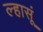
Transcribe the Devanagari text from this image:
ल्हासूं